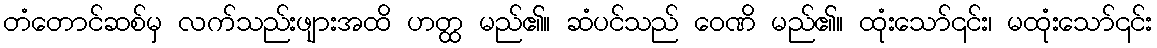
တံတောင်ဆစ်မှ လက်သည်းဖျားအထိ ဟတ္ထ မည်၏။ ဆံပင်သည် ဝေဏိ မည်၏။ ထုံးသော်၎င်း၊ မထုံးသော်၎င်း